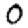
Digit: 0